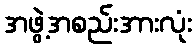
အဖွဲ့အစည်းအားလုံး